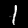
Label: 1